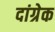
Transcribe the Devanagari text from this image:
दांग्रेक